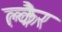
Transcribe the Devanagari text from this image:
क्लैर